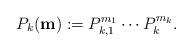
LaTeX: \begin{align*} P_k(\mathbf{m}):=P_{k,1}^{m_1}\cdots P_k^{m_k}. \end{align*}